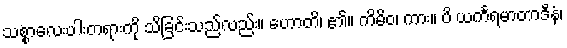
သစ္စာလေးပါးတရားကို သိခြင်းသည်လည်း။ ဟောတိ၊ ၏။ ကိမိဝ၊ ကား။ ပိ ယင်္ကရမာတာဒီနံ၊